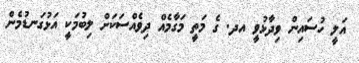
އަލީ ހުސައިން ވިދާޅުވީ އދ. ގެ މަތީ މަގާމެއް ދިވެއްސަކަށް ލިބުމަކީ އަޅުގަނޑުމެން